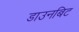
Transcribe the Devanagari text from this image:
डाउनबिट